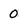
Character: 0